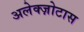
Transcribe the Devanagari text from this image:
अलेक्ज़ोटास